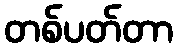
တစ်ပတ်တာ